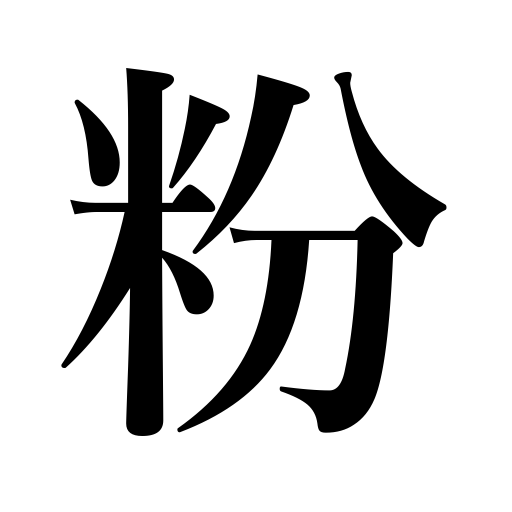
Meanings: dust,flour,meal,powder